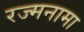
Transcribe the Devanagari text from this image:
रज्मनामा